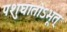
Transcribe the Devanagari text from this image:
पशुघातोऽभूत्‌